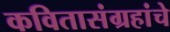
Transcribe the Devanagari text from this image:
कवितासंग्रहांचे